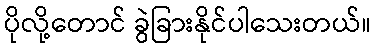
ပိုလို့တောင် ခွဲခြားနိုင်ပါသေးတယ်။